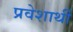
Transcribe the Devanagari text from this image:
प्रवेशार्थी